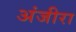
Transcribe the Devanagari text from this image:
अंजीरा